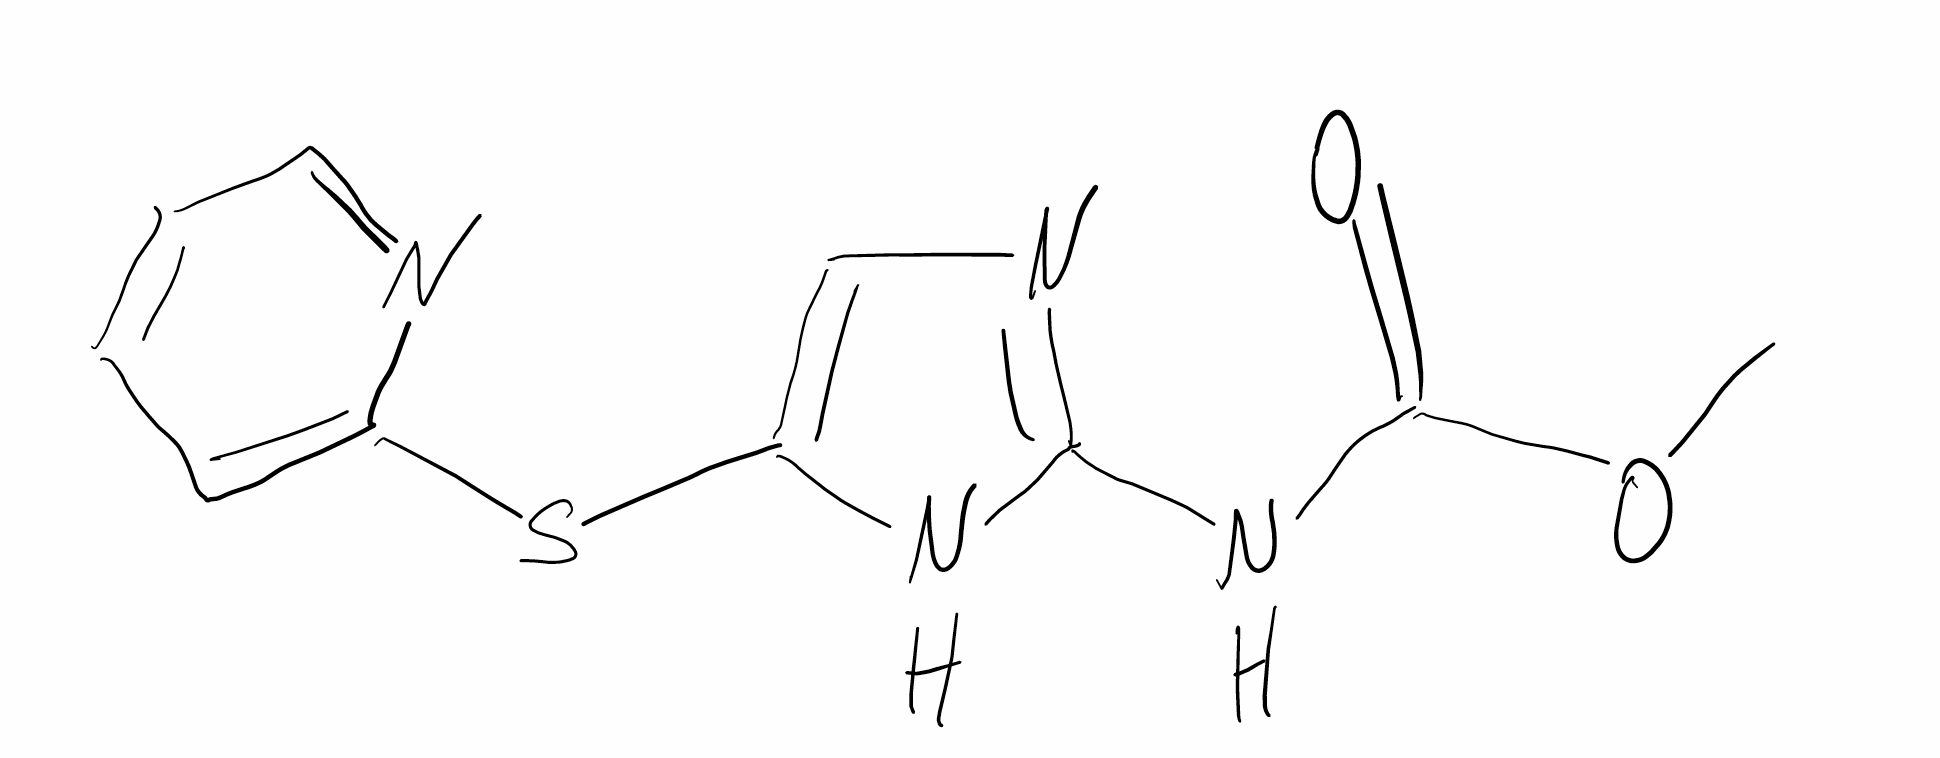
Simplified molecular-input line-entry system (SMILES) notation of the given molecule:
COC(=O)NC1=NC=C(N1)SC2=CC=CC=N2